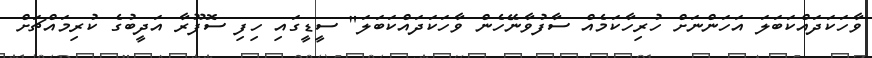
ވާހަކަދައްކަބަލަ އަހަންނަށް ހުރިހާކަމެއް ސާފުވާނޭހެން ވާހަކަދައްކަބަލަ" ސީޑީގައި ހިފި ސޮފޫރާ އަދީބުގެ ކުރިމައްޗަށް